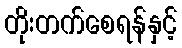
တိုးတက်စေရန်နှင့်